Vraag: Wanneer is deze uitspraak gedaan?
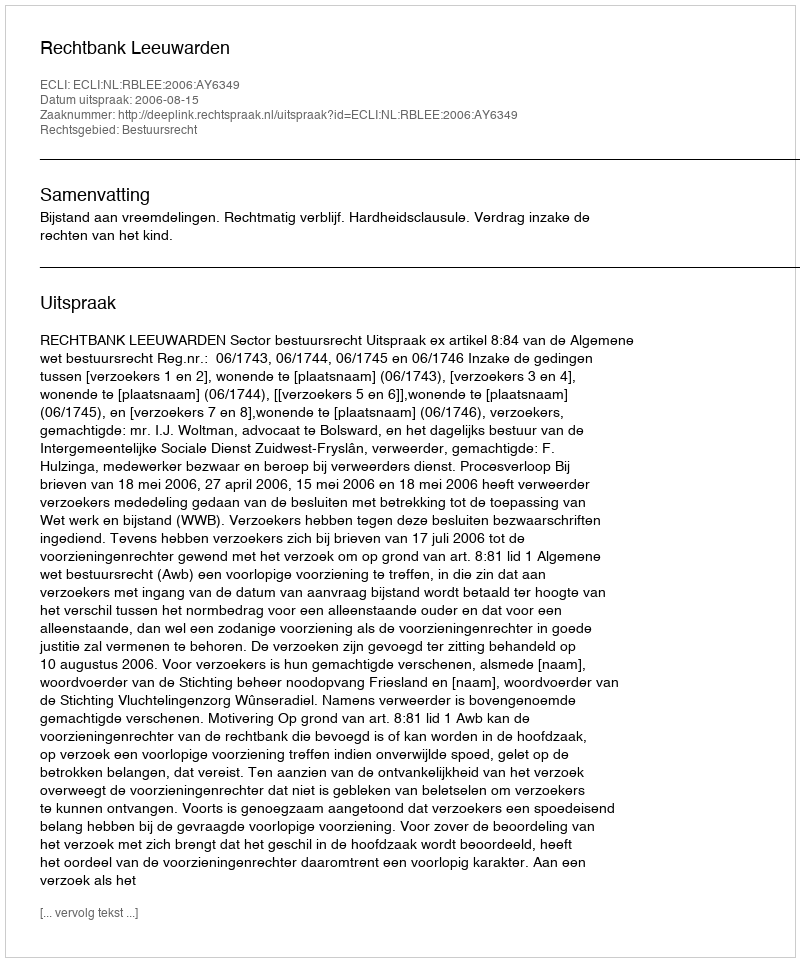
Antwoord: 2006-08-15